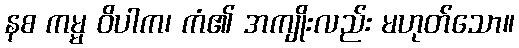
နစ ကမ္မ ဝိပါက၊ ကံ၏ အကျိုးလည်း မဟုတ်သော။